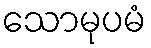
သောမုပမံ